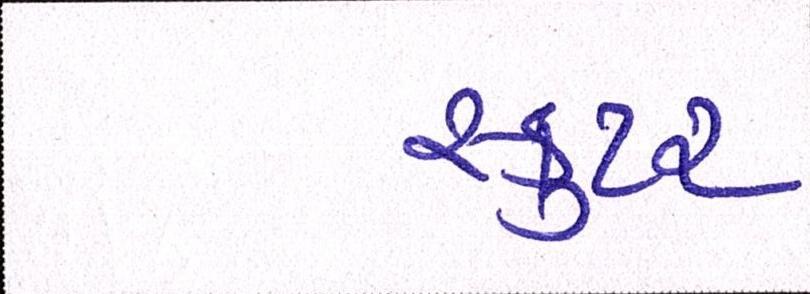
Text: સ્કુટર